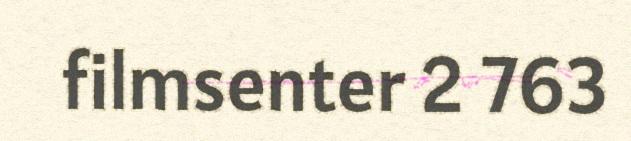
filmsenter 2 763